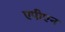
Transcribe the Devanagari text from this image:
एपीएन